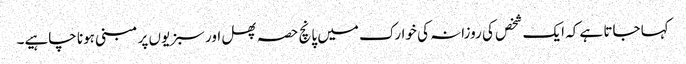
کہا جاتا ہے کہ ایک شخص کی روزانہ کی خوارک میں پانچ حصہ پھل اور سبزیوں پر مبنی ہونا چاہیے۔